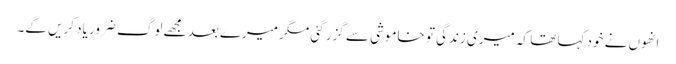
انھوں نے خود کہا تھا کہ میری زندگی تو خاموشی سے گزر گئی مگر میرے بعد مجھے لوگ ضرور یاد کریں گے۔